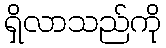
ရှိလာသည်ကို